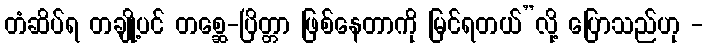
တံဆိပ်ရ တချို့ပင် တစ္ဆေ-ပြိတ္တာ ဖြစ်နေတာကို မြင်ရတယ်”လို့ ပြောသည်ဟု -